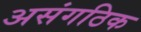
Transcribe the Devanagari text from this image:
असंगठिक